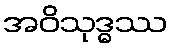
အဝိသုဒ္ဓဿ